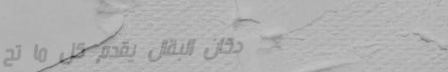
دكان البقال يقدم كل ما تح